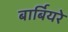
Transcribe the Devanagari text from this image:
बार्बियरे